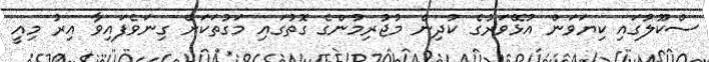
ސްކޫލުގައި ކިޔަވަން އުޅޭވަރުގެ ކުދިން މުޖުރިމުންގެ ގޮތުގައި މަގުތަކަށް ގިނަވެފައިވާ އިރު މިއީ